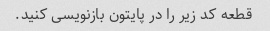
قطعه کد زیر را در پایتون بازنویسی کنید.